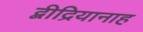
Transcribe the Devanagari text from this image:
द्बीद्रियानाह